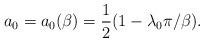
LaTeX: \begin{align*}a_0 = a_0(\beta) = \frac{1}{2} (1-\lambda_0 \pi/\beta) .\end{align*}